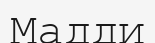
Мадди